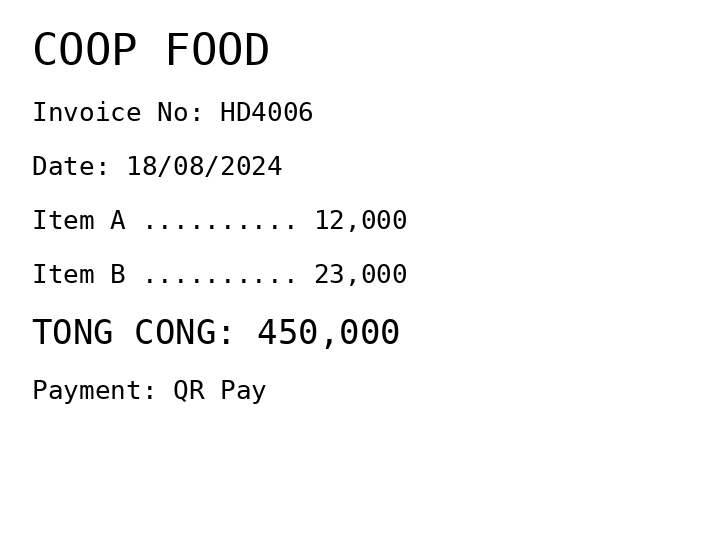
COOP FOOD
Invoice No: HD4006
Date: 18/08/2024
Item A .......... 12,000
Item B .......... 23,000
TONG CONG: 450,000
Payment: QR Pay
Merchant: coop food
Date: 2024-08-18
Total: 450000
Invoice No: HD4006
Payment method: QR